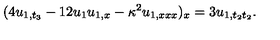
( 4 u _ { 1 , t _ { 3 } } - 1 2 u _ { 1 } u _ { 1 , x } - \kappa ^ { 2 } u _ { 1 , x x x } ) _ { x } = 3 u _ { 1 , t _ { 2 } t _ { 2 } } .